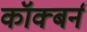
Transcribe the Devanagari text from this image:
कॉक्बर्न